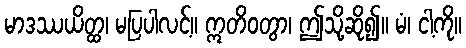
မာဒဿယိတ္ထ၊ မပြပါလင့်။ ဣတိဝတွာ၊ ဤသို့ဆို၍။ မံ၊ ငါ့ကို။